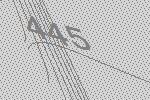
445